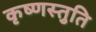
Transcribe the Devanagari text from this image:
कृष्णस्तुति